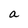
Character: a